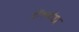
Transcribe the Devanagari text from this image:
टॉक्सॉइड्स